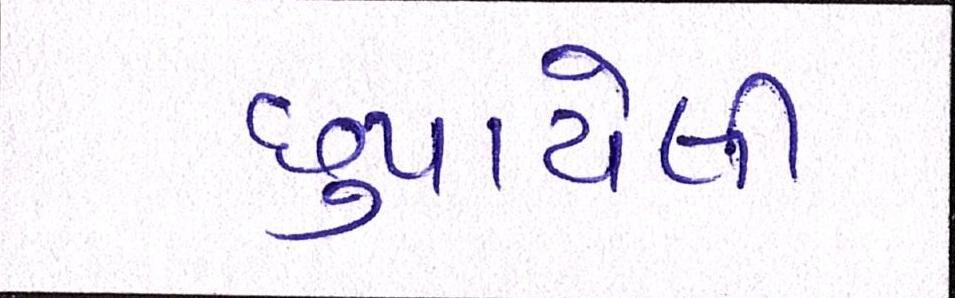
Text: છુપાયેલી